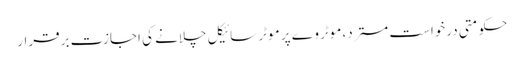
حکومتی درخواست مسترد، موٹر وے پر موٹر سائیکل چلانے کی اجازت برقرار